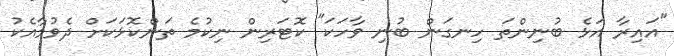
"އައިރާ އަޅެ ބުނިންތަ ހިނގަން ބުނި ވާހަކަ" ކޮޓަރިން ނިކުމެ ތަންކޮޅަކަށް ދެވުމާއެކު